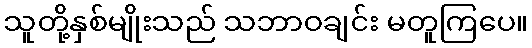
သူတို့နှစ်မျိုးသည် သဘာဝချင်း မတူကြပေ။